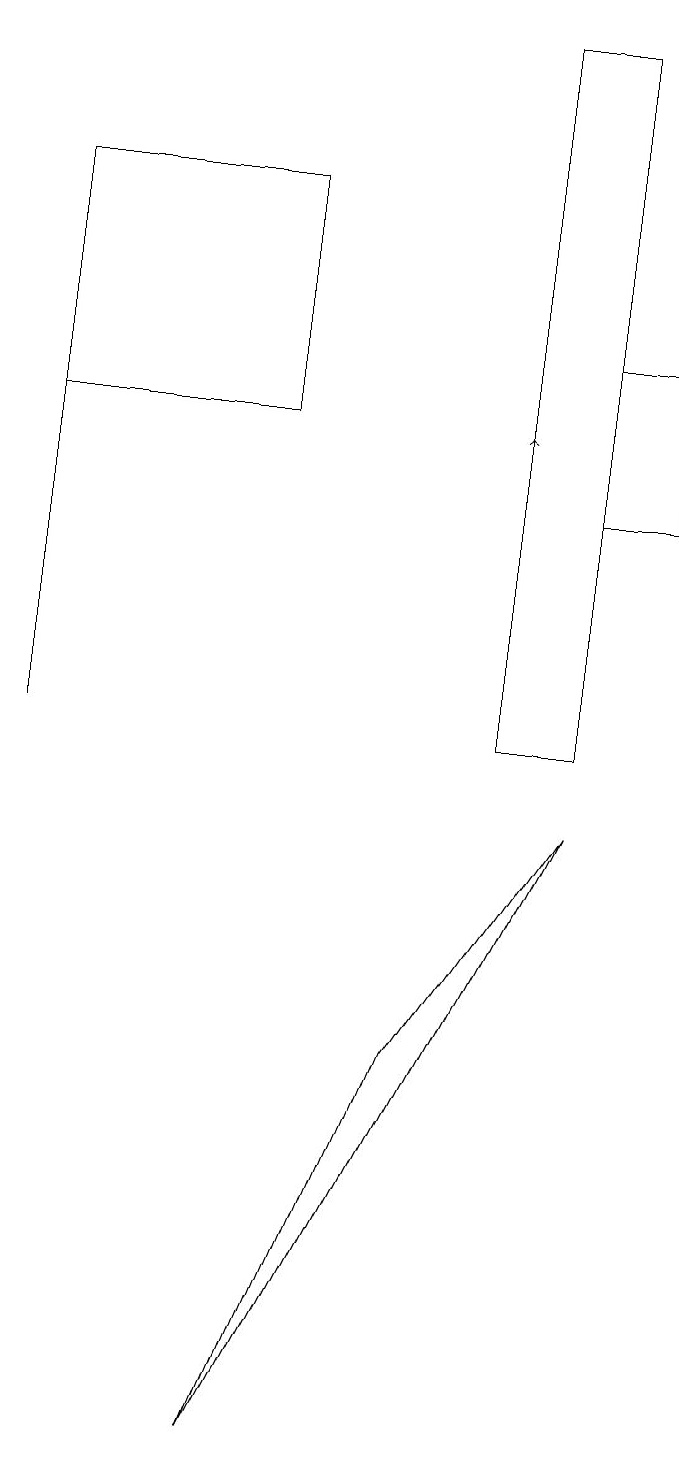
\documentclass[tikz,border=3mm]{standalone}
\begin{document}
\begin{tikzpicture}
\draw (3,17) rectangle (0,14);
\draw (5,6) -- (3,1) -- (7,9) -- cycle;
\draw (7,13) rectangle (8,15);
\draw (0,15) rectangle (0,10);
\draw (7,10) rectangle (6,19);
\draw[->] (6,14) -- (6,14);
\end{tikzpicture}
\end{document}